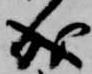
成